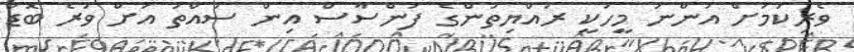
ވެރިކަމަށް އަންނަ މީހަކީ ރައްޔިތުންގެ ފަންސާސް އިން ސައްތަ އަށް ވުރެ ބޮޑު